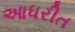
આધરીત